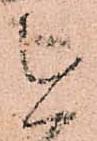
を